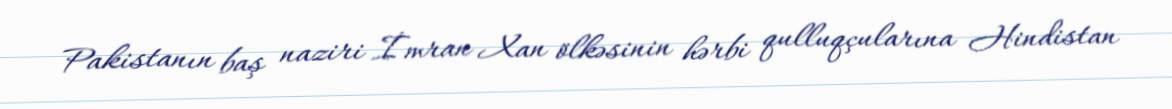
Pakistanın baş naziri İmran Xan ölkəsinin hərbi qulluqçularına Hindistan